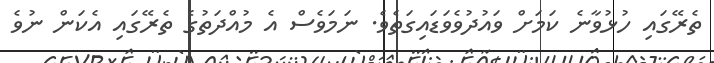
ތެރޭގައި ހުޅުވާނެ ކަމަށް ވައުދުވެވަޑައިގަތެވެ. ނަމަވެސް އެ މުއްދަތުގެ ތެރޭގައި އެކަން ނުވެ